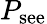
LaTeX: P_{\mathrm{see}}